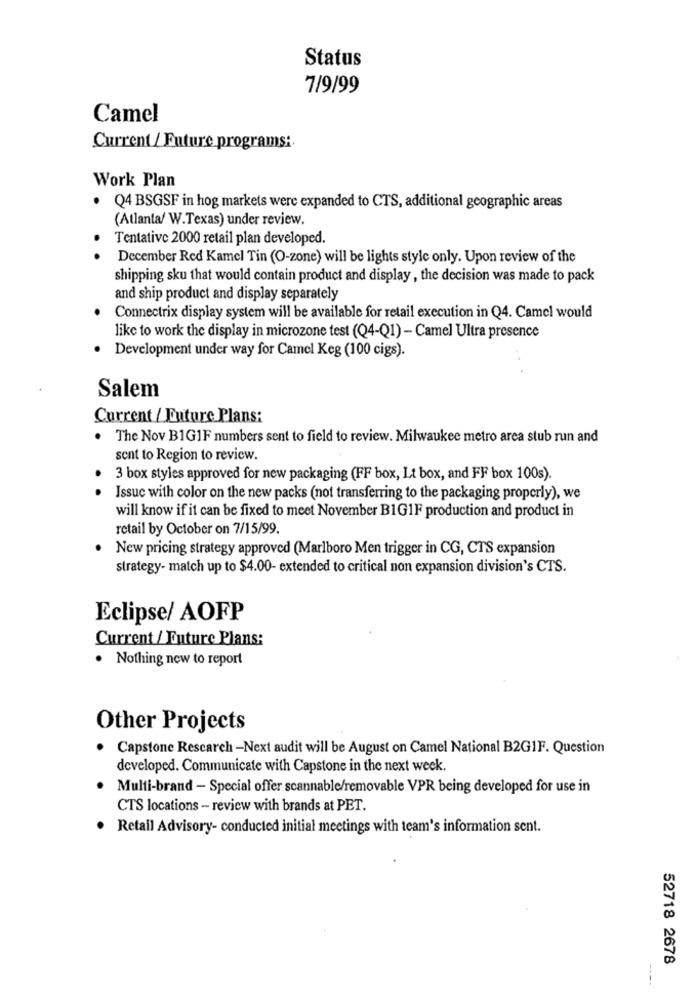
Status
7/9/99
Camel
Current / Future programs :.
Work Plan
Q4 BSGSF in hog markets were expanded to CTS, additional geographic areas
(Atlanta/ W.Texas) under review.
Tentative 2000 retail plan developed.
.
December Red Kamel Tin (O-zone) will be lights style only. Upon review of the
shipping sku that would contain product and display, the decision was made to pack
and ship product and display separately
Connectrix display system will be available for retail execution in Q4. Camel would
like to work the display in microzone test (Q4-Q1) - Camel Ultra presence
Development under way for Camel Keg (100 cigs).
Salem
Current / Future Plans:
The Nov B1GIF numbers sent to field to review. Milwaukee metro area stub run and
sent to Region to review.
3 box styles approved for new packaging (FF box, Lt box, and FF box 100s).
Issue with color on the new packs (not transferring to the packaging properly), we
will know if it can be fixed to meet November B1G1F production and product in
retail by October on 7/15/99.
New pricing strategy approved (Marlboro Men trigger in CG, CTS expansion
strategy- match up to $4.00- extended to critical non expansion division's CTS.
Eclipse/ AOFP
Current / Future Plans:
. Nothing now to report
Other Projects
Capstone Rescarch -Next audit will be August on Camel National B2GIF. Question
developed. Communicate with Capstone in the next week.
Multi-brand - Special offer scannable/removable VPR being developed for use in
CTS locations - review with brands at PET.
· Retail Advisory- conducted initial meetings with team's information sent.
52718 2678
---